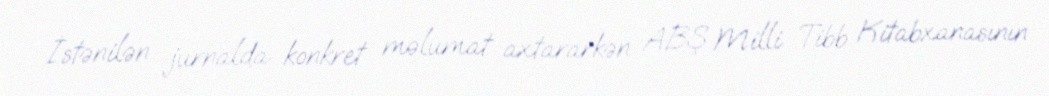
İstənilən jurnalda konkret məlumat axtararkən ABŞ Milli Tibb Kitabxanasının